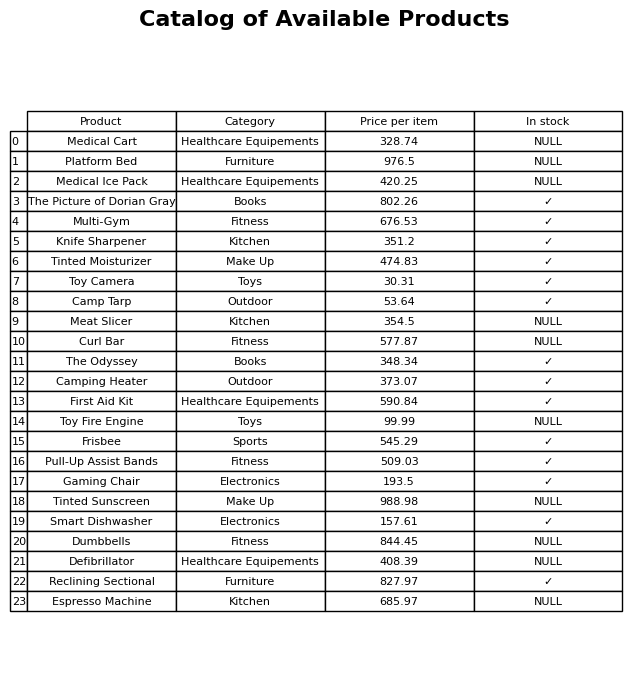
question: Is the Toy Fire Engine in stock?
answer: NULL